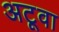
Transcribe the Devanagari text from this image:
अटूवा